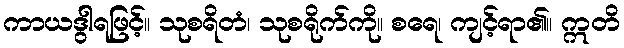
ကာယဒွါရဖြင့်။ သုစရိတံ၊ သုစရိုက်ကို။ စရေ၊ ကျင့်ရာ၏။ ဣတိ